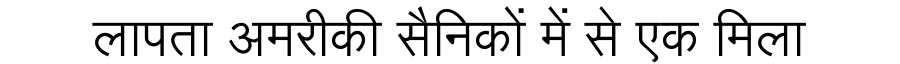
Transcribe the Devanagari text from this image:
लापता अमरीकी सैनिकों में से एक मिला